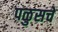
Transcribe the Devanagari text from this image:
पळुसचे